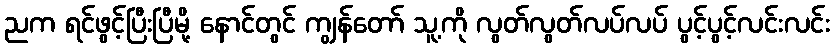
ညက ရင်ဖွင့်ပြီးပြီမို့ နောင်တွင် ကျွန်တော် သူ့ကို လွတ်လွတ်လပ်လပ် ပွင့်ပွင့်လင်းလင်း